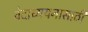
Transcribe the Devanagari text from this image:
वेदाध्ययनासाठी